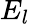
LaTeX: E_{l}